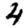
Digit: 4